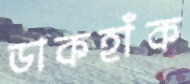
ডাকহাঁক